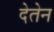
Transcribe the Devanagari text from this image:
देतेन